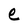
Character: e